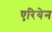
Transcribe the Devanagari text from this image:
एरियेन